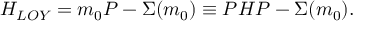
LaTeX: H _ { L O Y } = m _ { 0 } P - \Sigma ( m _ { 0 } ) \equiv P H P - \Sigma ( m _ { 0 } ) .